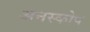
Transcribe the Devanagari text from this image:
अनस्कोप